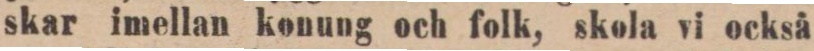
skar imellan konung och folk, skola vi också